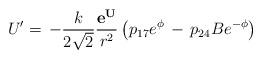
LaTeX: \begin{align*}U^\prime =\,- \frac{k}{2 \sqrt{2}}\frac{{\bf e^U}}{r^2}\left(p_{17} e^{\phi}\, -\, p_{24} B e^{-\phi}\right)\end{align*}